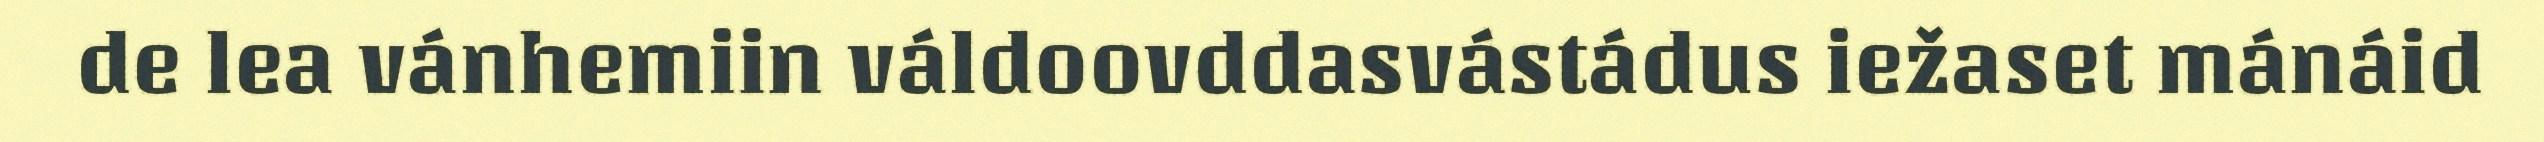
de lea vánhemiin váldoovddasvástádus iežaset mánáid